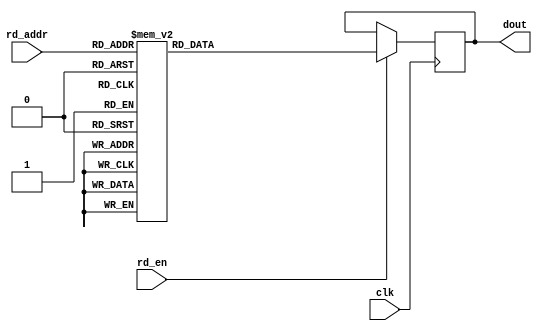
`define DLY #1

module huffman_table32(
    clk         , // <i>  1b, global clock
    rd_en       , // <i>  1b, read enable
    rd_addr     , // <i>  7b, read addrss
    dout          // <o> 32b, table output
    );

  input         clk         ; // <i>  1b, global clock
  input         rd_en       ; // <i>  1b, read enable
  input  [6:0]  rd_addr     ; // <i>  7b, read addrss
  output [31:0] dout        ; // <o> 32b, table output

  reg    [31:0] dout        ;

  always @(posedge clk) begin
      if (rd_en) begin
          case (rd_addr)
              7'h00  : dout <= `DLY 32'h00000105;
              7'h01  : dout <= `DLY 32'h01010101;
              7'h02  : dout <= `DLY 32'h01010000;
              7'h03  : dout <= `DLY 32'h00000000;
              7'h04  : dout <= `DLY 32'h00000102;
              7'h05  : dout <= `DLY 32'h03040506;
              7'h06  : dout <= `DLY 32'h0708090a;
              7'h07  : dout <= `DLY 32'h0b010003;
              7'h08  : dout <= `DLY 32'h01010101;
              7'h09  : dout <= `DLY 32'h01010101;
              7'h0A  : dout <= `DLY 32'h01000000;
              7'h0B  : dout <= `DLY 32'h00000001;
              7'h0C  : dout <= `DLY 32'h02030405;
              7'h0D  : dout <= `DLY 32'h06070809;
              7'h0E  : dout <= `DLY 32'h0a0b1000;
              7'h0F  : dout <= `DLY 32'h02010303;
              7'h10  : dout <= `DLY 32'h02040305;
              7'h11  : dout <= `DLY 32'h05040400;
              7'h12  : dout <= `DLY 32'h00017d01;
              7'h13  : dout <= `DLY 32'h02030004;
              7'h14  : dout <= `DLY 32'h11051221;
              7'h15  : dout <= `DLY 32'h31410613;
              7'h16  : dout <= `DLY 32'h51610722;
              7'h17  : dout <= `DLY 32'h71143281;
              7'h18  : dout <= `DLY 32'h91a10823;
              7'h19  : dout <= `DLY 32'h42b1c115;
              7'h1A  : dout <= `DLY 32'h52d1f024;
              7'h1B  : dout <= `DLY 32'h33627282;
              7'h1C  : dout <= `DLY 32'h090a1617;
              7'h1D  : dout <= `DLY 32'h18191a25;
              7'h1E  : dout <= `DLY 32'h26272829;
              7'h1F  : dout <= `DLY 32'h2a343536;
              7'h20  : dout <= `DLY 32'h3738393a;
              7'h21  : dout <= `DLY 32'h43444546;
              7'h22  : dout <= `DLY 32'h4748494a;
              7'h23  : dout <= `DLY 32'h53545556;
              7'h24  : dout <= `DLY 32'h5758595a;
              7'h25  : dout <= `DLY 32'h63646566;
              7'h26  : dout <= `DLY 32'h6768696a;
              7'h27  : dout <= `DLY 32'h73747576;
              7'h28  : dout <= `DLY 32'h7778797a;
              7'h29  : dout <= `DLY 32'h83848586;
              7'h2A  : dout <= `DLY 32'h8788898a;
              7'h2B  : dout <= `DLY 32'h92939495;
              7'h2C  : dout <= `DLY 32'h96979899;
              7'h2D  : dout <= `DLY 32'h9aa2a3a4;
              7'h2E  : dout <= `DLY 32'ha5a6a7a8;
              7'h2F  : dout <= `DLY 32'ha9aab2b3;
              7'h30  : dout <= `DLY 32'hb4b5b6b7;
              7'h31  : dout <= `DLY 32'hb8b9bac2;
              7'h32  : dout <= `DLY 32'hc3c4c5c6;
              7'h33  : dout <= `DLY 32'hc7c8c9ca;
              7'h34  : dout <= `DLY 32'hd2d3d4d5;
              7'h35  : dout <= `DLY 32'hd6d7d8d9;
              7'h36  : dout <= `DLY 32'hdae1e2e3;
              7'h37  : dout <= `DLY 32'he4e5e6e7;
              7'h38  : dout <= `DLY 32'he8e9eaf1;
              7'h39  : dout <= `DLY 32'hf2f3f4f5;
              7'h3A  : dout <= `DLY 32'hf6f7f8f9;
              7'h3B  : dout <= `DLY 32'hfa110002;
              7'h3C  : dout <= `DLY 32'h01020404;
              7'h3D  : dout <= `DLY 32'h03040705;
              7'h3E  : dout <= `DLY 32'h04040001;
              7'h3F  : dout <= `DLY 32'h02770001;
              7'h40  : dout <= `DLY 32'h02031104;
              7'h41  : dout <= `DLY 32'h05213106;
              7'h42  : dout <= `DLY 32'h12415107;
              7'h43  : dout <= `DLY 32'h61711322;
              7'h44  : dout <= `DLY 32'h32810814;
              7'h45  : dout <= `DLY 32'h4291a1b1;
              7'h46  : dout <= `DLY 32'hc1092333;
              7'h47  : dout <= `DLY 32'h52f01562;
              7'h48  : dout <= `DLY 32'h72d10a16;
              7'h49  : dout <= `DLY 32'h2434e125;
              7'h4A  : dout <= `DLY 32'hf1171819;
              7'h4B  : dout <= `DLY 32'h1a262728;
              7'h4C  : dout <= `DLY 32'h292a3536;
              7'h4D  : dout <= `DLY 32'h3738393a;
              7'h4E  : dout <= `DLY 32'h43444546;
              7'h4F  : dout <= `DLY 32'h4748494a;
              7'h50  : dout <= `DLY 32'h53545556;
              7'h51  : dout <= `DLY 32'h5758595a;
              7'h52  : dout <= `DLY 32'h63646566;
              7'h53  : dout <= `DLY 32'h6768696a;
              7'h54  : dout <= `DLY 32'h73747576;
              7'h55  : dout <= `DLY 32'h7778797a;
              7'h56  : dout <= `DLY 32'h82838485;
              7'h57  : dout <= `DLY 32'h86878889;
              7'h58  : dout <= `DLY 32'h8a929394;
              7'h59  : dout <= `DLY 32'h95969798;
              7'h5A  : dout <= `DLY 32'h999aa2a3;
              7'h5B  : dout <= `DLY 32'ha4a5a6a7;
              7'h5C  : dout <= `DLY 32'ha8a9aab2;
              7'h5D  : dout <= `DLY 32'hb3b4b5b6;
              7'h5E  : dout <= `DLY 32'hb7b8b9ba;
              7'h5F  : dout <= `DLY 32'hc2c3c4c5;
              7'h60  : dout <= `DLY 32'hc6c7c8c9;
              7'h61  : dout <= `DLY 32'hcad2d3d4;
              7'h62  : dout <= `DLY 32'hd5d6d7d8;
              7'h63  : dout <= `DLY 32'hd9dae2e3;
              7'h64  : dout <= `DLY 32'he4e5e6e7;
              7'h65  : dout <= `DLY 32'he8e9eaf2;
              7'h66  : dout <= `DLY 32'hf3f4f5f6;
              default: dout <= `DLY 32'hf7f8f9fa;
          endcase
      end
  end

endmodule